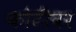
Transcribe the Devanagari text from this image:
कोटीवर